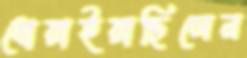
ধোয়াইয়াছিলেন